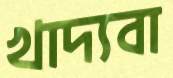
খাদ্যবা